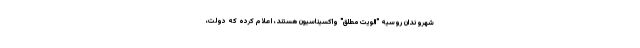
شهروندان روسیه "الویت مطلق" واکسیناسیون هستند، اعلام کرده که دولت،